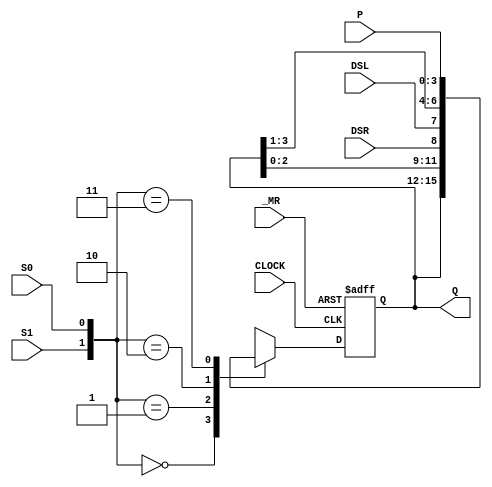
// Written by	: Jianjian Song
// 4-bit universal bidirectional shift register
`timescale 1ns / 1ps

module SN74194v1(P,Q,DSR,DSL,S1,S0,_MR,CLOCK) ;
parameter	LENGTH = 4;
input			DSR, DSL, S1, S0, _MR, CLOCK;
input	[LENGTH-1:0]	P;
output 	reg [LENGTH-1:0]	Q;
reg	[LENGTH-1:0]	NextQ;
//reg Q;  //A warning will appear if dimension is not given.
// An error will occur if posedge _MR is used because _MR is active low
//always @ (posedge CLOCK or posedge _MR)

always @ (posedge CLOCK or negedge _MR)
	if(_MR==0)	Q <= 0;
	else	Q<=NextQ;
//activity list does not include the clock signal
always@(Q or S1 or S0 or DSR or DSL or P)
	case ({S1,S0})
	0:	NextQ <= Q;	// hold
	1:	NextQ <= {Q[LENGTH-2:0],DSR};	// shift left
	2:	NextQ <= {DSL, Q[LENGTH-1:1]};		// shift right
	3:	NextQ <= P;				// parallel load
	endcase
endmodule